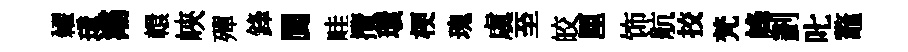
糴璋灞轘峽殫鋒閬畦攬環梗瑰虞至皎厘饰航挍梵峰劃叱鼇